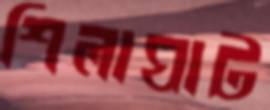
শিলাঘাট